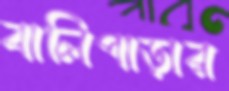
বালিপাড়ার